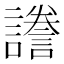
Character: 𧬸